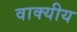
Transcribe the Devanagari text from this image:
वाक्यीय